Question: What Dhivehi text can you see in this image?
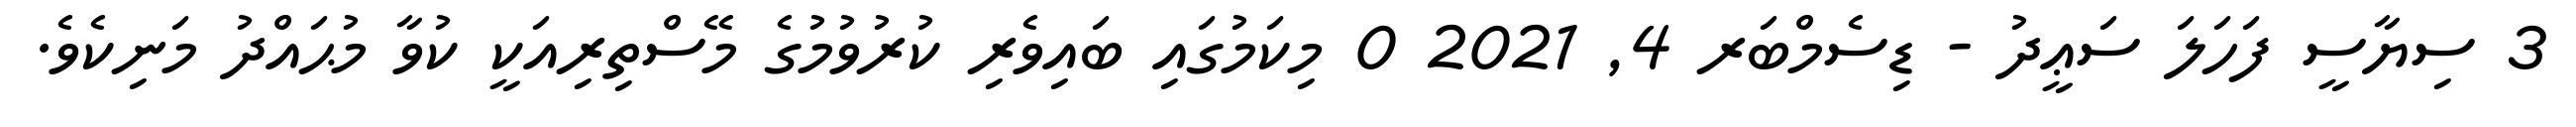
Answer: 3 ސިޔާސީ ފަހަލަ ސަޢީދު - ޑިސެމްބަރ 4, 2021 0 މިކަމުގައި ބައިވެރި ކުރުވުމުގެ މޭސްތިރިއަކީ ކުވާ މުޙައްދު މަނިކެވެ.